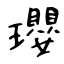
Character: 瓔